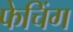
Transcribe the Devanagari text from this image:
फेचिंग